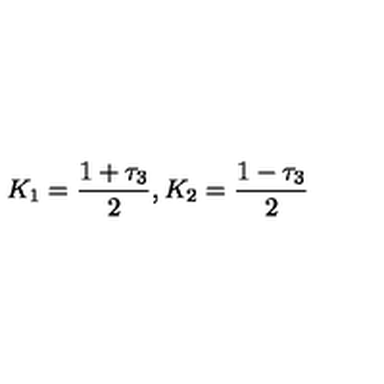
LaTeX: K _ { 1 } = \frac { 1 + \tau _ { 3 } } { 2 } , K _ { 2 } = \frac { 1 - \tau _ { 3 } } { 2 }